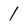
Character: 1